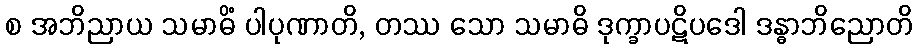
စ အဘိညာယ သမာဓိံ ပါပုဏာတိ, တဿ သော သမာဓိ ဒုက္ခာပဋိပဒေါ ဒန္ဓာဘိညောတိ